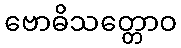
ဗောဓိသတ္တောဝ